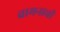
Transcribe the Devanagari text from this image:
वामनाची